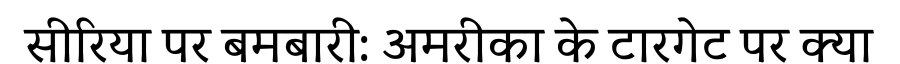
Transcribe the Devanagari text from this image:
सीरिया पर बमबारी: अमरीका के टारगेट पर क्या